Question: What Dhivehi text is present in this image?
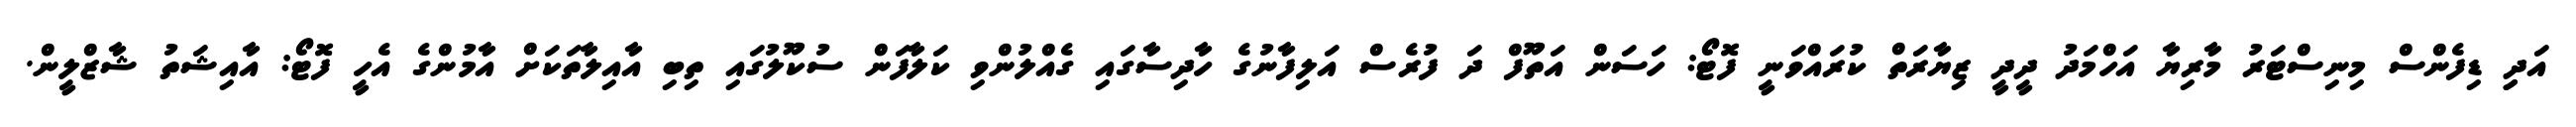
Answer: އަދިި ޑިފެންސް މިނިސްޓަރު މާރިޔާ އަހްމަދު ދީދީ ޒިޔާރަތް ކުރައްވަނީ ފޮޓޯ: ހަސަން އަތޫފް ދަ ފުރެސް އަލިފާނުގެ ހާދިސާގައި ގެއްލުންވި ކަލާފަން ސުކޫލުގައި ތިބި އާއިލާތަކަށް އާމުންގެ އެހީ ފޮޓޯ: އާއިޝަތު ޝާޒްލީން.